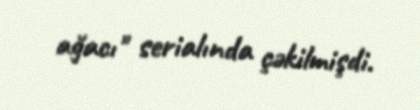
ağacı" serialında çəkilmişdi.